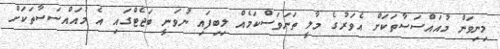
މިނިވަން މުއައްސަސާތަކަށް އެވަރުގެ މާލީ ތަނަވަސްކަމެއް ލިބިފައި ނުވަނީ ބަޖެޓްގައި އެ މުއައްސަސާތަކަށް